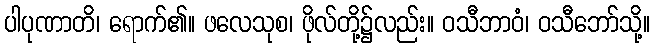
ပါပုဏာတိ၊ ရောက်၏။ ဖလေသုစ၊ ဖိုလ်တို့၌လည်း။ ဝသီဘာဝံ၊ ဝသီဘော်သို့။